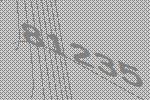
81235